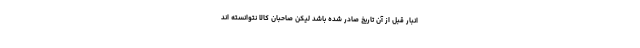
انبار قبل از آن تاریخ صادر شده باشد لیکن صاحبان کالا نتوانسته اند